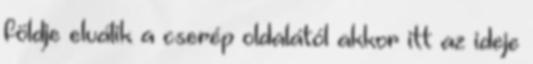
földje elválik a cserép oldalától akkor itt az ideje